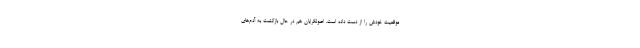
موقعیت خودش را از دست داده است. اصولگرایان هم در حال بازگشت به آدم‌های